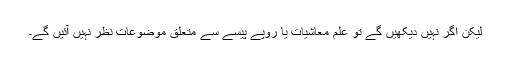
لیکن اگر نہیں دیکھیں گے تو علم معاشیات یا روپے پیسے سے متعلق موضوعات نظر نہیں آئیں گے۔